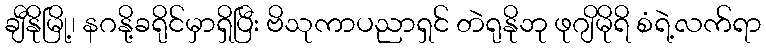
ချီနိုမြို့၊ နဂနို့ခရိုင်မှာရှိပြီး ဗိသုကာပညာရှင် တဲရုနိုဘု ဖုဂျိမိုရိ စံရဲ့လက်ရာ